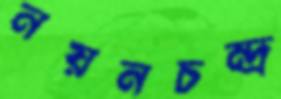
নয়নচন্দ্র